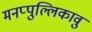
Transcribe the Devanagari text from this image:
मनप्पुल्लिकावु